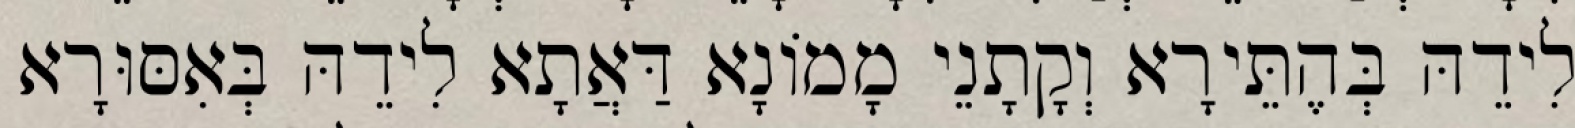
לִידֵהּ בְּהֶתֵּירָא וְקָתָנֵי מָמוֹנָא דַּאֲתָא לִידֵהּ בְּאִסּוּרָא